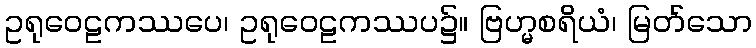
ဥရုဝေဠကဿပေ၊ ဥရုဝေဠကဿပ၌။ ဗြဟ္မစရိယံ၊ မြတ်သော